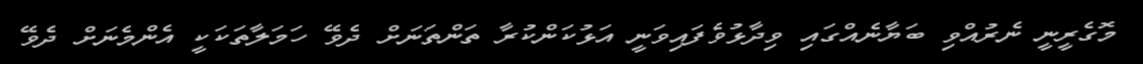
މޮގެރީނީ ނެރުއްވި ބަޔާނެއްގައި ވިދާޅުވެފައިވަނީ އަޅުކަންކުރާ ތަންތަނަށް ދެވޭ ހަމަލާތަކަކީ އެންމެނަށް ދެވޭ